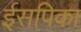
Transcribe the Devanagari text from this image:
ईसपिका